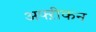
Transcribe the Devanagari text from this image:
अफ्ऱीकन